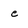
Character: e